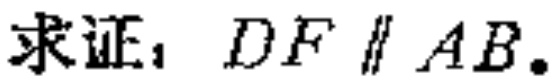
求证：$DF\parallel AB$。